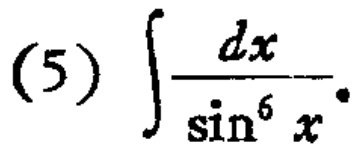
(5) \(\int\frac{dx}{\sin^{6}x}\)